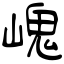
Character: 㟴